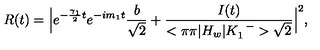
R ( t ) = \Big | e ^ { - { \frac { \gamma _ { 1 } } { 2 } } t } e ^ { - i m _ { 1 } t } { \frac { b } { \sqrt { 2 } } } + { \frac { I ( t ) } { < \pi \pi | H _ { w } | K _ { 1 } ^ { \enspace - } > \sqrt { 2 } } } \Big | ^ { 2 } ,